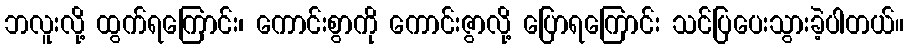
ဘလူးလို့ ထွက်ရကြောင်း၊ ကောင်းစွာကို ကောင်းဇွာလို့ ပြောရကြောင်း သင်ပြပေးသွားခဲ့ပါတယ်။